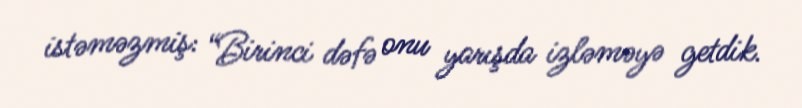
istəməzmiş: “Birinci dəfə onu yarışda izləməyə getdik.